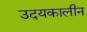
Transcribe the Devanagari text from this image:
उदयकालीन